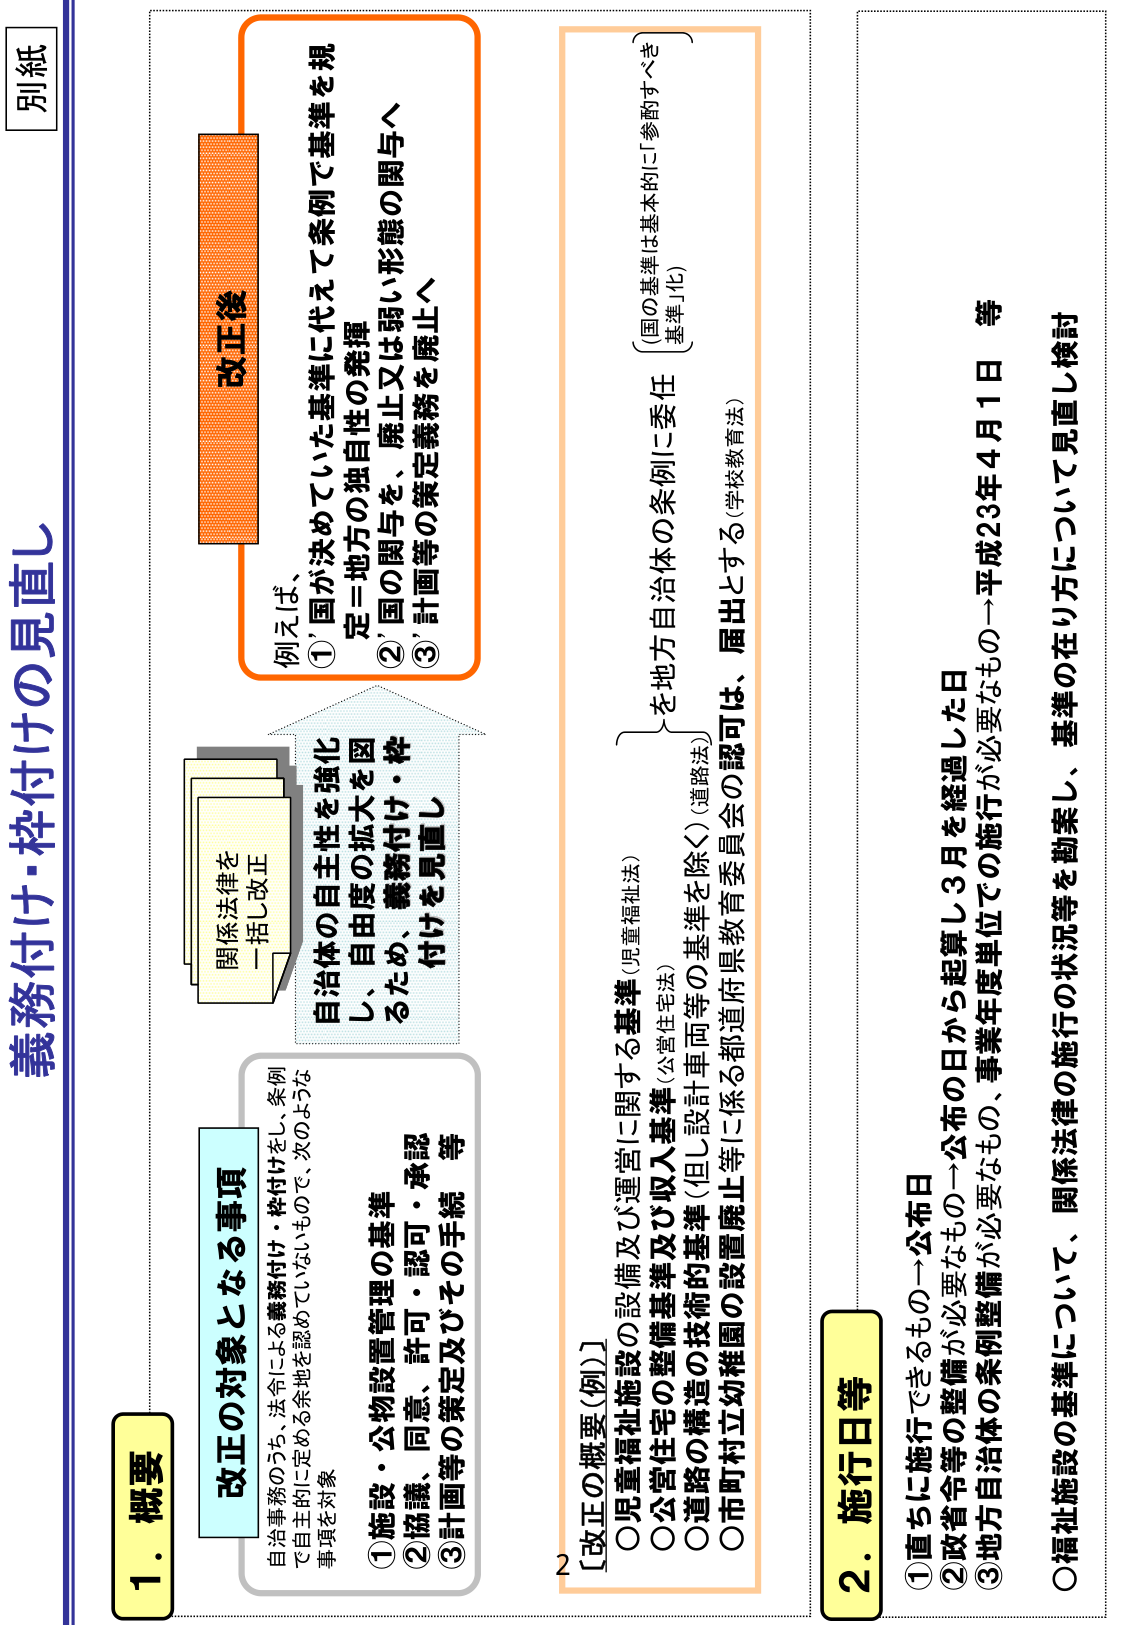
別紙

義務付け・枠付けの見直し

1. 概要

改正の対象となる事項
自治事務のうち、法令による義務付け・枠付けをし、条例で自主的に定める余地を認めているもので、次のような事項を対象
①施設・公物設置管理の基準
②協議、同意、許可・認可・承認
③計画等の策定及びその手続 等

関係法律を一括し改正

自治体の自主性を強化し、自由度の拡大を図るため、義務付け・枠付けを見直し

改正後
例えば、
①国が決めていた基準に代えて条例で基準を規定＝地方の独自性の発揮
②国の関与を、廃止又は弱い形態の関与へ
③計画等の策定義務を廃止へ

〔改正の概要（例）〕
○児童福祉施設の設備及び運営に関する基準（児童福祉法）
○公営住宅の整備基準及び収入基準（公営住宅法）
○道路の構造の技術的基準（但し設計車両等の基準を除く）（道路法）
○市町村立幼稚園の設置廃止等に係る都道府県教育委員会の認可は、届出とする（学校教育法）
〔国の基準は基本的に「参酌すべき基準」化〕
を地方自治体の条例に委任

2. 施行日等
①直ちに施行できるもの→公布日
②政省令等の整備が必要なもの→公布の日から起算し3月を経過した日
③地方自治体の条例整備が必要なもの、事業年度単位での施行が必要なもの→平成23年4月1日 等
○福祉施設の基準について、関係法律の施行の状況等を勘案し、基準の在り方について見直し検討